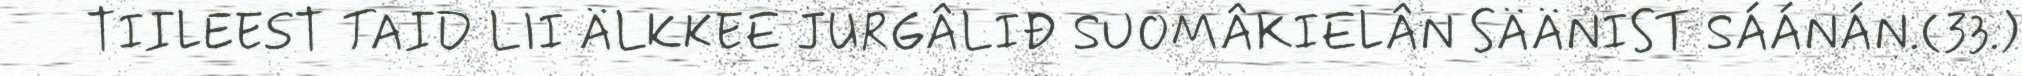
TIILEEST TAID LII ÄLKKEE JURGÂLIĐ SUOMÂKIELÂN SÄÄNIST SÁÁNÁN.(33.)